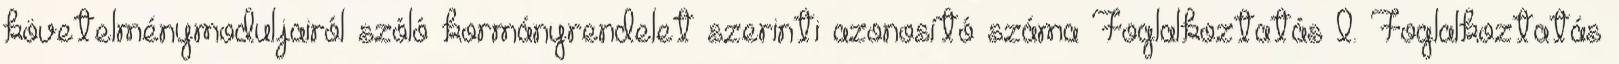
követelménymoduljairól szóló kormányrendelet szerinti azonosító száma Foglalkoztatás I. Foglalkoztatás